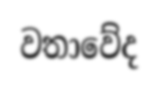
වතාවේද